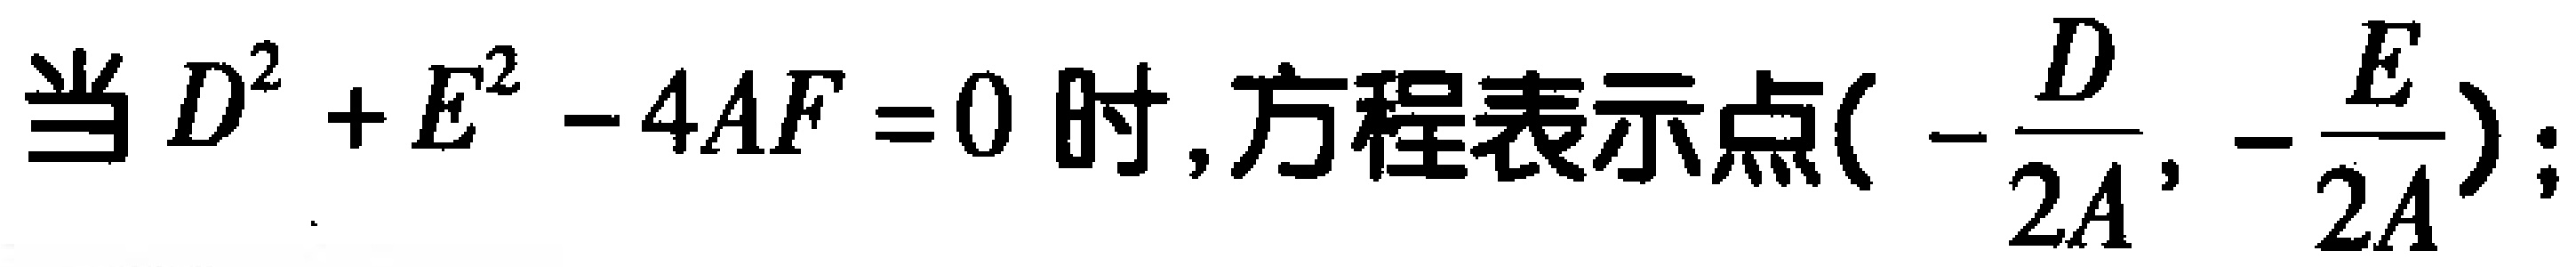
当$D^{2}+E^{2}-4AF = 0$时,方程表示点$(-\frac{D}{2A},-\frac{E}{2A})$;